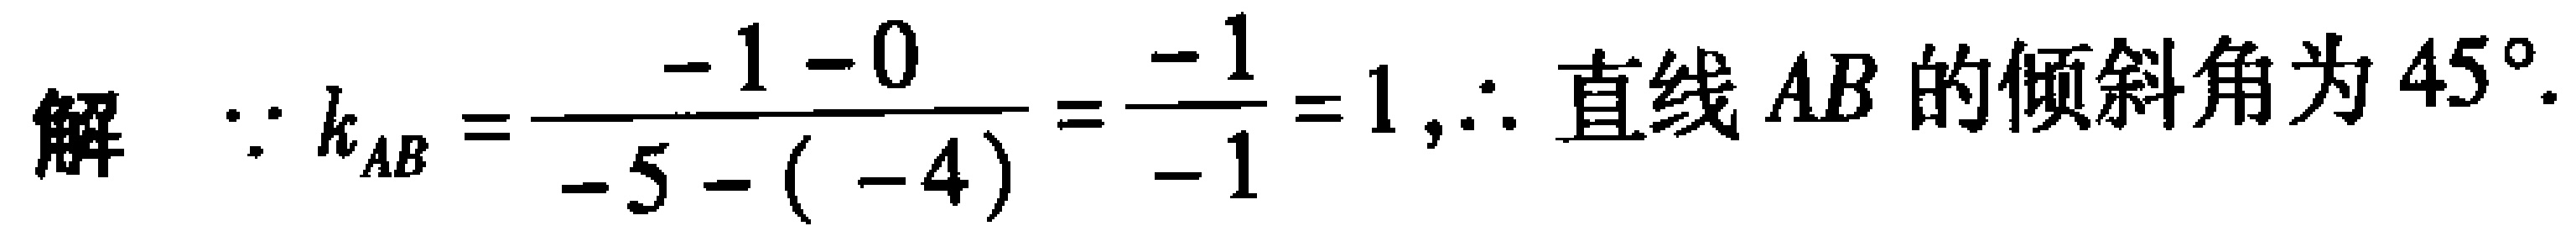
解 $\because k_{AB}=\frac{-1 - 0}{-5 - (-4)}=\frac{-1}{-1}=1,\therefore$ 直线 $AB$ 的倾斜角为 $45^{\circ}.$